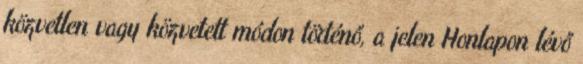
közvetlen vagy közvetett módon történő, a jelen Honlapon lévő